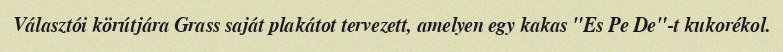
Választói körútjára Grass saját plakátot tervezett, amelyen egy kakas "Es Pe De"-t kukorékol.